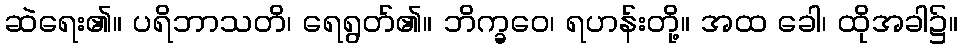
ဆဲရေး၏။ ပရိဘာသတိ၊ ရေရွတ်၏။ ဘိက္ခဝေ၊ ရဟန်းတို့။ အထ ခေါ၊ ထိုအခါ၌။